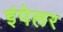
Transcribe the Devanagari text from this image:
इंपेलर